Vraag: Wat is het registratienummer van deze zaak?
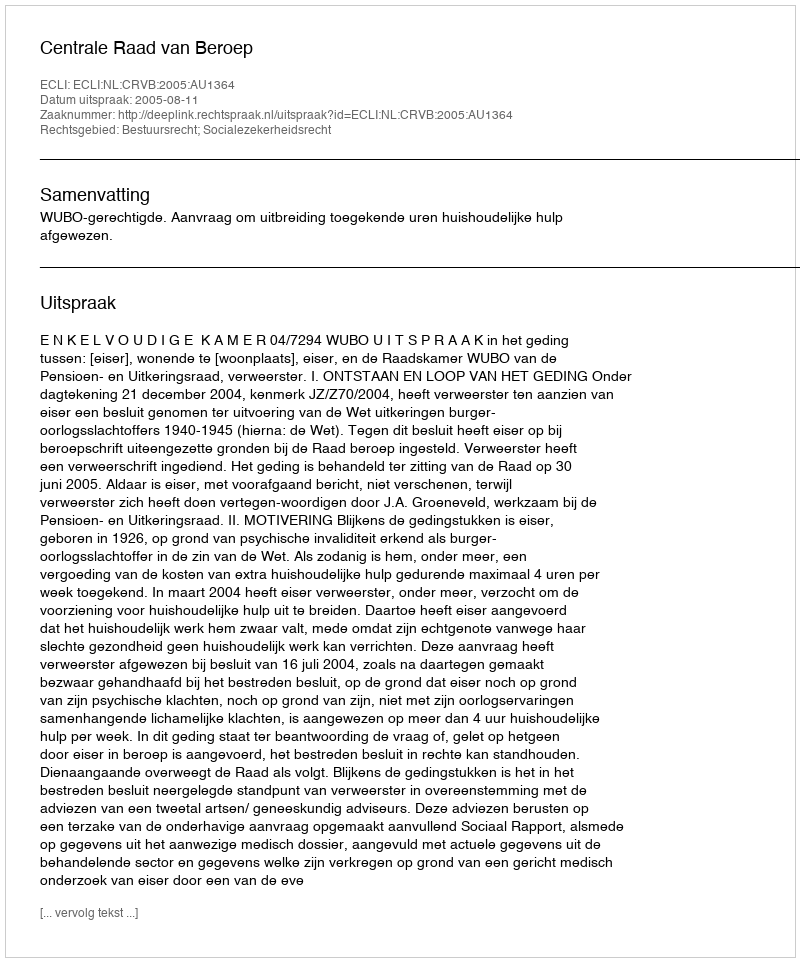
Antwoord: http://deeplink.rechtspraak.nl/uitspraak?id=ECLI:NL:CRVB:2005:AU1364